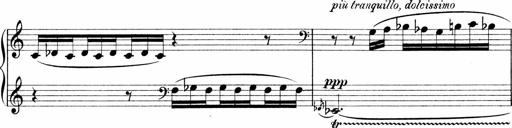
Title: Sonatina No.1
Composer: Otto Stoll
Key: C major